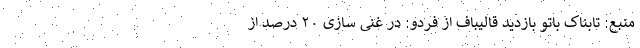
منبع: تابناک باتو بازدید قالیباف از فردو: در غنی سازی ۲۰ درصد از